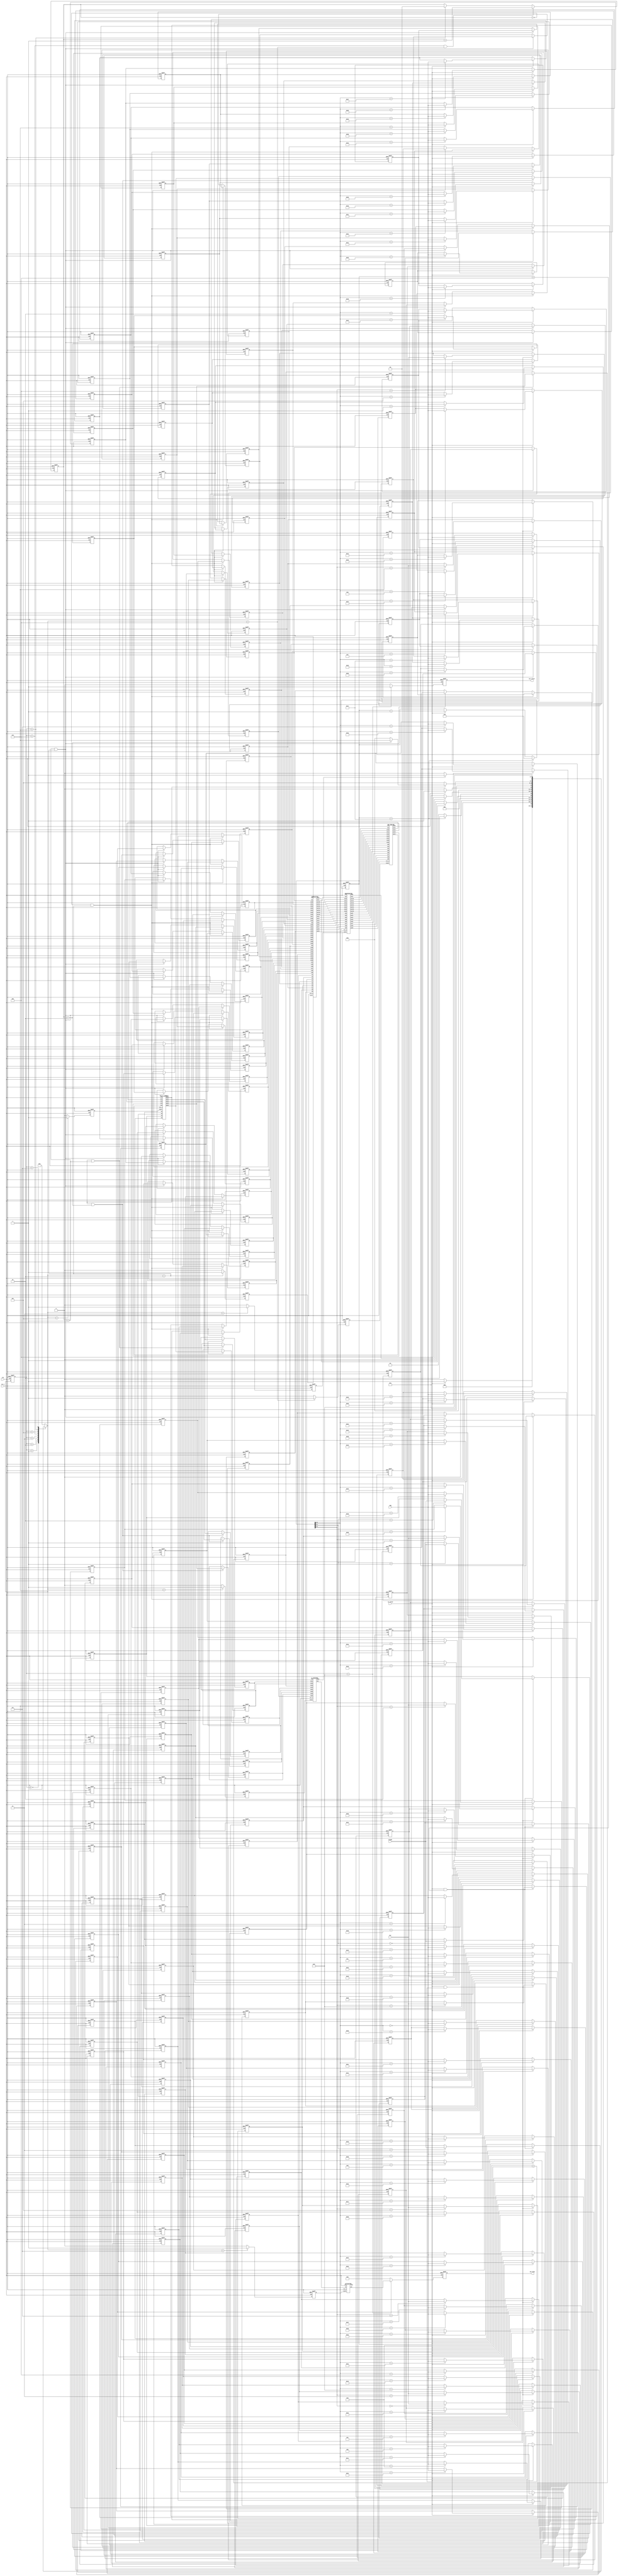
module SNN(
	// Input signals
	clk,
	rst_n,
	in_valid,
	img,
	ker,
	weight,
	// Output signals
	out_valid,
	out_data
);

input clk;
input rst_n;
input in_valid;
input [7:0] img;
input [7:0] ker;
input [7:0] weight;

output reg out_valid;
output reg [9:0] out_data;

//==============================================//
//       parameter & integer declaration        //
//==============================================//
parameter IDLE = 4'b0000;
parameter IN_DATA = 4'b0001;
parameter CONV = 4'b0010;
parameter QUAN = 4'b0011;
parameter MAX_P = 4'b0100;
parameter F_C = 4'b0101;
parameter L1_D = 4'b0110;
parameter ACTIVE = 4'b0111;
parameter OUT = 4'b1000;

//parameter donw1 = 2295;
//parameter down2 = 510;
integer i;
//==============================================//
//           reg & wire declaration             //
//==============================================//
reg [3:0] current_state,next_state;
wire conv_done,quan_done,mp_done,fc_done,l1_done,ac_done;
reg conv_start,quan_start,mp_start,fc_start,l1_start,ac_start;
reg [7:0] in_cnt;
reg [1:0] matrix_cnt;
reg [7:0] m_in[0:71];//0~35 is matrix 1 //36~71 is matrix 2
reg [7:0] kernel [0:8];
reg [7:0] w[0:3];
reg [7:0] nn1,nn2,nn3,nn4,nn5,nn6,nn7,nn8;//put fully connected output here
///CONV in
reg [7:0] c1,c2,c3,c4,c5,c6,c7,c8,c9,c10,c11,c12,c13,c14,c15,c16,c17,c18,c19,c20,c21,c22,c23,c24,c25,c26,c27,c28,c29,c30,c31,c32,c33,c34,c35,c36;
///CONV out quan in
wire [19:0] q1,q2,q3,q4,q5,q6,q7,q8,q9,q10,q11,q12,q13,q14,q15,q16;
//QUAN out max_pooling in
wire [7:0] mp1,mp2,mp3,mp4,mp5,mp6,mp7,mp8,mp9,mp10,mp11,mp12,mp13,mp14,mp15,mp16;
//// max_pooling out fully connected in
wire [7:0] fc1,fc2,fc3,fc4;
///fully connected out NN OUT
wire [7:0] snn1,snn2,snn3,snn4;
wire [9:0] fo,l1o;
reg sleep_in,sleep_conv,sleep_quan,sleep_mp,sleep_fc,sleep_l1,sleep_ac,sleep_out;
//wire g_clock_in,g_clock_conv,g_clock_quan,g_clock_mp,g_clock_fc,g_clock_l1,g_clock_ac,g_clock_out;
//==============================================//
//                 GATED_OR                     //
//==============================================//
/*
GATED_OR GATED_IN(.CLOCK(clk),.SLEEP_CTRL(sleep_in),.RST_N(rst_n),.CLOCK_GATED(g_clock_in));
GATED_OR GATED_CONV(.CLOCK(clk),.SLEEP_CTRL(sleep_conv),.RST_N(rst_n),.CLOCK_GATED(g_clock_conv));
GATED_OR GATED_QUAN(.CLOCK(clk),.SLEEP_CTRL(sleep_quan),.RST_N(rst_n),.CLOCK_GATED(g_clock_quan));
GATED_OR GATED_MP(.CLOCK(clk),.SLEEP_CTRL(sleep_mp),.RST_N(rst_n),.CLOCK_GATED(g_clock_mp));
GATED_OR GATED_FC(.CLOCK(clk),.SLEEP_CTRL(sleep_fc),.RST_N(rst_n),.CLOCK_GATED(g_clock_fc));
GATED_OR GATED_L1(.CLOCK(clk),.SLEEP_CTRL(sleep_l1),.RST_N(rst_n),.CLOCK_GATED(g_clock_l1));
GATED_OR GATED_AC(.CLOCK(clk),.SLEEP_CTRL(sleep_ac),.RST_N(rst_n),.CLOCK_GATED(g_clock_ac));
GATED_OR GATED_OUT(.CLOCK(clk),.SLEEP_CTRL(sleep_out),.RST_N(rst_n),.CLOCK_GATED(g_clock_out));

always @(*) begin
	if(!cg_en) sleep_in = 0;
	else begin
		if((current_state!=IN_DATA)&&(next_state!=IDLE)) sleep_in = 1;
		else sleep_in = 0;
	end
end
always @(*) begin
	if(!cg_en) sleep_conv = 0;
	else begin
		if(next_state!=CONV&&(current_state!=CONV)) sleep_conv = 1;
		else sleep_conv = 0;
	end
end
always @(*) begin
	if(!cg_en) sleep_quan = 0;
	else begin
		if(next_state!=QUAN&&(current_state!=QUAN)) sleep_quan = 1;
		else sleep_quan = 0;
	end
end
always @(*) begin
	if(!cg_en) sleep_mp = 0;
	else begin
		if(next_state!=MAX_P&&(current_state!=MAX_P)) sleep_mp = 1;
		else sleep_mp = 0;
	end
end
always @(*) begin
	if(!cg_en) sleep_fc = 0;
	else begin
		if(next_state!=F_C) sleep_fc = 1;
		else sleep_fc = 0;
	end
end
always @(*) begin
	if(!cg_en) sleep_l1 = 0;
	else begin
		if(next_state!=L1_D) sleep_l1 = 1;
		else sleep_l1 = 0;
	end
end
always @(*) begin
	if(!cg_en) sleep_ac = 0;
	else begin
		if(next_state!=ACTIVE&&(current_state!=ACTIVE)) sleep_ac = 1;
		else sleep_ac = 0;
	end
end
always @(*) begin
	if(!cg_en) sleep_out = 0;
	else begin
		if(current_state!=OUT&&current_state!=IDLE) sleep_out = 1;
		else sleep_out = 0;
	end
end*/
//==============================================//
//                  design                      //
//==============================================//
////////////  counter//////////////////////
//conv
always @(posedge clk or negedge rst_n) begin
	if(!rst_n) conv_start<=0;
	else if(next_state==CONV) conv_start<=1;
	else  conv_start<=0;
end
//quan
always @(posedge clk or negedge rst_n) begin
	if(!rst_n) quan_start<=0;
	else if(next_state==QUAN) quan_start<=1;
	else quan_start<=0;
end
//max_pooling
always @(posedge clk or negedge rst_n) begin
	if(!rst_n) mp_start<=0;
	else if(next_state==MAX_P) mp_start<=1;
	else mp_start<=0;
end
//fully connected
always @(posedge clk or negedge rst_n) begin
	if(!rst_n) fc_start<=0;
	else if(next_state==F_C) fc_start<=1;
	else fc_start<=0;
end
//L1 DISTANCE
always @(posedge clk or negedge rst_n) begin
	if(!rst_n) l1_start<=0;
	else if(next_state==L1_D) l1_start<=1;
	else l1_start<=0;
end
//ACTIVATION
always @(posedge clk or negedge rst_n) begin
	if(!rst_n) ac_start<=0;
	else if(next_state==ACTIVE) ac_start<=1;
	else ac_start<=0;
end

always @(posedge clk or negedge rst_n) begin
	if(!rst_n) matrix_cnt<=0;
	else if(current_state==MAX_P&&(next_state==MAX_P)) matrix_cnt<=matrix_cnt+1;
	else if(current_state==L1_D) matrix_cnt<=0;
end
//////////////   INPUT   /////////////////////////
always @(posedge clk or negedge rst_n) begin
	if(!rst_n) in_cnt<=0;
	else if(in_cnt==71) in_cnt<=0;
	else if(in_valid) in_cnt<=in_cnt+1;
	//else in_cnt<=0;
end
always @(posedge clk or negedge rst_n) begin
	if(!rst_n) begin
		for(i=0;i<72;i=i+1) begin
			m_in[i]<=0;
		end
	end
	else if(in_valid) m_in[in_cnt]<=img;
end
always @(posedge clk or negedge rst_n) begin
	if(!rst_n)begin
		for(i=0;i<9;i=i+1) kernel[i]<=0;
	end
	else if(in_valid&&(in_cnt<9)) kernel[in_cnt]<=ker;
end
always @(posedge clk or negedge rst_n) begin
	if(!rst_n) begin
		for(i=0;i<4;i=i+1) w[i]<=0;
	end
	else if(in_valid&&(in_cnt<4)) w[in_cnt]<=weight;
end
//==============================================//
//                   FSM                        //
//==============================================//
always @(posedge clk or negedge rst_n) begin
	if(!rst_n) current_state<=0;
	else current_state<=next_state;
end

always @(*) begin
	case(current_state)
	IDLE:begin//0
		if(in_valid) next_state = IN_DATA;
		else next_state = IDLE;
	end
	IN_DATA:begin//1
		if(in_cnt==71) next_state = CONV;
		else next_state = IN_DATA;
	end
	CONV:begin//2
		if(conv_done) next_state = QUAN;
		else next_state = CONV;
	end
	QUAN:begin//3
		if(quan_done) next_state = MAX_P;
		else next_state = QUAN;
	end
	MAX_P:begin//4
		if(mp_done) next_state = F_C;
		else next_state = MAX_P;
	end
	F_C:begin//5
		if(fc_done)begin
			if(matrix_cnt==2) next_state = L1_D;
			else next_state = CONV;
		end
		else next_state = F_C;
	end
	L1_D:begin//6
		if(l1_done) next_state = ACTIVE;
		else next_state = L1_D;
	end
	ACTIVE:begin//7
		next_state = OUT;
	end
	OUT:begin//8
		next_state = IDLE;
	end
	default:next_state = IDLE;
	endcase
end
//==============================================//
//                    CONV INPUT                //
//==============================================//
always @(posedge clk or negedge rst_n) begin
	if(!rst_n)begin
		c1<=0;
		c2<=0;
		c3<=0;
		c4<=0;
		c5<=0;
		c6<=0;
		c7<=0;
		c8<=0;
		c9<=0;
		c10<=0;
		c11<=0;
		c12<=0;
		c13<=0;
		c14<=0;
		c15<=0;
		c16<=0;
		c17<=0;
		c18<=0;
		c19<=0;
		c20<=0;
		c21<=0;
		c22<=0;
		c23<=0;
		c24<=0;
		c25<=0;
		c26<=0;
		c27<=0;
		c28<=0;
		c29<=0;
		c30<=0;
		c31<=0;
		c32<=0;
		c33<=0;
		c34<=0;
		c35<=0;
		c36<=0;
	end

	else  if(matrix_cnt==0&&next_state==CONV)begin
		c1 <= m_in[0];
		c2 <= m_in[1];
		c3 <= m_in[2];
		c4 <= m_in[3];
		c5 <= m_in[4];
		c6 <= m_in[5];
		c7 <= m_in[6];
		c8 <= m_in[7];
		c9 <= m_in[8];
		c10 <= m_in[9];
		c11 <= m_in[10];
		c12 <= m_in[11];
		c13 <= m_in[12];
		c14 <= m_in[13];
		c15 <= m_in[14];
		c16 <= m_in[15];
		c17 <= m_in[16];
		c18 <= m_in[17];
		c19 <= m_in[18];
		c20 <= m_in[19];
		c21 <= m_in[20];
		c22 <= m_in[21];
		c23 <= m_in[22];
		c24 <= m_in[23];
		c25 <= m_in[24];
		c26 <= m_in[25];
		c27 <= m_in[26];
		c28 <= m_in[27];
		c29 <= m_in[28];
		c30 <= m_in[29];
		c31 <= m_in[30];
		c32 <= m_in[31];
		c33 <= m_in[32];
		c34 <= m_in[33];
		c35 <= m_in[34];
		c36 <= m_in[35];
	end
	else if(matrix_cnt==1&&next_state==CONV) begin
		c1 <= m_in[36];
		c2 <= m_in[37];
		c3 <= m_in[38];
		c4 <= m_in[39];
		c5 <= m_in[40];
		c6 <= m_in[41];
		c7 <= m_in[42];
		c8 <= m_in[43];
		c9 <= m_in[44];
		c10 <= m_in[45];
		c11 <= m_in[46];
		c12 <= m_in[47];
		c13 <= m_in[48];
		c14 <= m_in[49];
		c15 <= m_in[50];
		c16 <= m_in[51];
		c17 <= m_in[52];
		c18 <= m_in[53];
		c19 <= m_in[54];
		c20 <= m_in[55];
		c21 <= m_in[56];
		c22 <= m_in[57];
		c23 <= m_in[58];
		c24 <= m_in[59];
		c25 <= m_in[60];
		c26 <= m_in[61];
		c27 <= m_in[62];
		c28 <= m_in[63];
		c29 <= m_in[64];
		c30 <= m_in[65];
		c31 <= m_in[66];
		c32 <= m_in[67];
		c33 <= m_in[68];
		c34 <= m_in[69];
		c35 <= m_in[70];
		c36 <= m_in[71];
	end
end
/////////////////
// assign snn to nn
/////////////////
/*always @(posedge clk or negedge rst_n) begin
	if(rst_n)begin
		nn1<=0;
		nn2<=0;
		nn3<=0;
		nn4<=0;
		nn5<=0;
		nn6<=0;
		nn7<=0;
		nn8<=0;
	end
	else if(fc_done&&(matrix_cnt==1))begin
		nn1<=snn1;
		nn2<=snn2;
		nn3<=snn3;
		nn4<=snn4;
	end
	else if(fc_done&&(matrix_cnt==2))begin
		nn5<=snn1;
		nn6<=snn2;
		nn7<=snn3;
		nn8<=snn4;
	end
end*/
always @(posedge clk or negedge rst_n) begin
	if(!rst_n) nn1<=0;
	else if(fc_done&&(matrix_cnt==1)) nn1<=snn1;
end
always @(posedge clk or negedge rst_n) begin
	if(!rst_n) nn2<=0;
	else if(fc_done&&(matrix_cnt==1)) nn2<=snn2;
end
always @(posedge clk or negedge rst_n) begin
	if(!rst_n) nn3<=0;
	else if(fc_done&&(matrix_cnt==1)) nn3<=snn3;
end
always @(posedge clk or negedge rst_n) begin
	if(!rst_n) nn4<=0;
	else if(fc_done&&(matrix_cnt==1)) nn4<=snn4;
end
always @(posedge clk or negedge rst_n) begin
	if(!rst_n) nn5<=0;
	else if(fc_done&&(matrix_cnt==2))nn5<=snn1;
end
always @(posedge clk or negedge rst_n) begin
	if(!rst_n) nn6<=0;
	else if(fc_done&&(matrix_cnt==2)) nn6<=snn2;
end
always @(posedge clk or negedge rst_n) begin
	if(!rst_n) nn7<=0;
	else if(fc_done&&(matrix_cnt==2))nn7<=snn3;
end
always @(posedge clk or negedge rst_n) begin
	if(!rst_n) nn8<=0;
	else if(fc_done&&(matrix_cnt==2)) nn8<=snn4;
end

//==============================================//
//                  CALL MODULE                 //
//==============================================//
CONVOLUTION C1(.clk(clk),.rst_n(rst_n),.start(conv_start),.in1(c1),.in2(c2),.in3(c3),.in4(c4),.in5(c5),.in6(c6),.in7(c7),.in8(c8),.in9(c9),.in10(c10),.in11(c11),
.in12(c12),.in13(c13),.in14(c14),.in15(c15),.in16(c16),.in17(c17),.in18(c18),.in19(c19),.in20(c20),.in21(c21),.in22(c22),.in23(c23),.in24(c24),.in25(c25),.in26(c26),.in27(c27),
.in28(c28),.in29(c29),.in30(c30),.in31(c31),.in32(c32),.in33(c33),.in34(c34),.in35(c35),.in36(c36),
.k1(kernel[0]),.k2(kernel[1]),.k3(kernel[2]),.k4(kernel[3]),.k5(kernel[4]),.k6(kernel[5]),.k7(kernel[6]),.k8(kernel[7]),.k9(kernel[8]),
.out1(q1),.out2(q2),.out3(q3),.out4(q4),.out5(q5),.out6(q6),.out7(q7),.out8(q8),.out9(q9),.out10(q10),.out11(q11),.out12(q12),.out13(q13),.out14(q14),.out15(q15),.out16(q16),
.done(conv_done));

QUANTIZATION Q1(.clk(clk),.rst_n(rst_n),.start(quan_start),.in1(q1),.in2(q2),.in3(q3),.in4(q4),.in5(q5),.in6(q6),.in7(q7),.in8(q8),.in9(q9),.in10(q10),.in11(q11),.in12(q12),.in13(q13),.in14(q14),.in15(q15),.in16(q16),
.out1(mp1),.out2(mp2),.out3(mp3),.out4(mp4),.out5(mp5),.out6(mp6),.out7(mp7),.out8(mp8),.out9(mp9),.out10(mp10),.out11(mp11),.out12(mp12),.out13(mp13),.out14(mp14),.out15(mp15),.out16(mp16),.done(quan_done));

MAX_POOLING MP1(.clk(clk),.rst_n(rst_n),.start(mp_start),.in1(mp1),.in2(mp2),.in3(mp3),.in4(mp4),.in5(mp5),.in6(mp6),.in7(mp7),.in8(mp8),.in9(mp9),.in10(mp10),.in11(mp11),.in12(mp12),.in13(mp13),.in14(mp14),.in15(mp15),.in16(mp16),
.out1(fc1),.out2(fc2),.out3(fc3),.out4(fc4),.done(mp_done));
////pluse matrix_cnt 
FULLLY_CONNECT FC1(.clk(clk),.rst_n(rst_n),.start(fc_start),.in1(fc1),.in2(fc2),.in3(fc3),.in4(fc4),.w1(w[0]),.w2(w[1]),.w3(w[2]),.w4(w[3]),.out1(snn1),.out2(snn2),.out3(snn3),.out4(snn4),.done(fc_done));
////////////   CAL TWO DIFFERENT MATRXI
L1_DISTANCE LD1(.clk(clk),.rst_n(rst_n),.start(l1_start),.in11(nn1),.in12(nn2),.in13(nn3),.in14(nn4),.in21(nn5),.in22(nn6),.in23(nn7),.in24(nn8),.out(l1o),.done(l1_done));
ACTIVATION AC1(.clk(clk),.rst_n(rst_n),.start(ac_start),.in(l1o),.out(fo),.done(ac_done));

//==============================================//
//                  OUTPUT                      //
//==============================================//
always @(posedge clk or negedge rst_n) begin
	if(!rst_n) out_data<=0;
	else if(current_state==OUT) out_data<=fo;
	else out_data<=0;
end
always @(posedge clk or negedge rst_n) begin
	if(!rst_n) out_valid<=0;
	else if(current_state==OUT) out_valid<=1;
	else out_valid<=0;
end
endmodule
//==============================================//
//      CONVOLUTION SUB_MODULE                  //
//==============================================//
module CONVOLUTION (clk,rst_n,start,
in1,in2,in3,in4,in5,in6,in7,in8,in9,in10,in11,in12,in13,in14,in15,in16,in17,in18,in19,in20,in21,in22,in23,in24,in25,in26,in27,in28,in29,in30,in31,in32,in33,in34,in35,in36,
k1,k2,k3,k4,k5,k6,k7,k8,k9,
out1,out2,out3,out4,out5,out6,out7,out8,out9,out10,out11,out12,out13,out14,out15,out16,
done
);	
input clk,rst_n,start;
input [7:0] in1,in2,in3,in4,in5,in6,in7,in8,in9,in10,in11,in12,in13,in14,in15,in16,in17,in18,in19,in20,in21,in22,in23,in24,in25,in26,in27,in28,in29,in30,in31,in32,in33,in34,in35,in36;
input [7:0] k1,k2,k3,k4,k5,k6,k7,k8,k9;
output reg done;
output reg [19:0] out1,out2,out3,out4,out5,out6,out7,out8,out9,out10,out11,out12,out13,out14,out15,out16;
//==============================================//
//           reg & wire declaration             //
//==============================================//
reg [7:0] now_cal1,now_cal2,now_cal3,now_cal4,now_cal5,now_cal6,now_cal7,now_cal8,now_cal9;
//wire [19:0] now_out1,now_out2,now_out3,now_out4,now_out5,now_out6,now_out7,now_out8,now_out9,now_out10,now_out11,now_out12,now_out13,now_out14,now_out15,now_out16;
wire [19:0] out;
reg [5:0] conv_cnt;
//==============================================//
//                  design                      //
//==============================================//
always @(posedge clk or negedge rst_n) begin
	if(!rst_n) conv_cnt<=0;
	else if(conv_cnt==17) conv_cnt<=0;
	else if(start) conv_cnt<=conv_cnt+1;
	//else if(conv_cnt==17) conv_cnt<=0;
end
always @(posedge clk or negedge rst_n) begin
	if(!rst_n) done<=0;
	else if(conv_cnt>15) done<=1;
	else done<=0;
end
always @(*) begin
	case(conv_cnt)
	0:begin
		now_cal1 = in1;
		now_cal2 = in2;
		now_cal3 = in3;
		now_cal4 = in7;
		now_cal5 = in8;
		now_cal6 = in9;
		now_cal7 =in13;
		now_cal8 =in14;
		now_cal9 =in15;
	end
	1:begin
		now_cal1 = in2;
		now_cal2 = in3;
		now_cal3 = in4;
		now_cal4 = in8;
		now_cal5 = in9;
		now_cal6 = in10;
		now_cal7 = in14;
		now_cal8 = in15;
		now_cal9 = in16;
	end
	2:begin
		now_cal1 = in3;
		now_cal2 = in4;
		now_cal3 = in5;
		now_cal4 = in9;
		now_cal5 =in10;
		now_cal6 =in11;
		now_cal7 =in15;
		now_cal8 =in16;
		now_cal9 =in17;
	end
	3:begin
		now_cal1 = in4;
		now_cal2 =in5;
		now_cal3 =in6;
		now_cal4 =in10;
		now_cal5 =in11;
		now_cal6 =in12;
		now_cal7 =in16;
		now_cal8 =in17;
		now_cal9 =in18;
	end
	4:begin
		now_cal1 = in7;
		now_cal2 =in8;
		now_cal3 =in9;
		now_cal4 =in13;
		now_cal5 =in14;
		now_cal6 =in15;
		now_cal7 =in19;
		now_cal8 =in20;
		now_cal9 =in21;
	end
	5:begin
		now_cal1 = in8;
		now_cal2 =in9;
		now_cal3 =in10;
		now_cal4 =in14;
		now_cal5 =in15;
		now_cal6 =in16;
		now_cal7 =in20;
		now_cal8 =in21;
		now_cal9 =in22;
	end
	6:begin
		now_cal1 = in9;
		now_cal2 =in10;
		now_cal3 =in11;
		now_cal4 =in15;
		now_cal5 =in16;
		now_cal6 =in17;
		now_cal7 =in21;
		now_cal8 =in22;
		now_cal9 =in23;
	end
	7:begin
		now_cal1 = in10;
		now_cal2 =in11;
		now_cal3 =in12;
		now_cal4 =in16;
		now_cal5 =in17;
		now_cal6 =in18;
		now_cal7 =in22;
		now_cal8 =in23;
		now_cal9 =in24;
	end
	8:begin
		now_cal1 = in13;
		now_cal2 =in14;
		now_cal3 =in15;
		now_cal4 =in19;
		now_cal5 =in20;
		now_cal6 =in21;
		now_cal7 =in25;
		now_cal8 =in26;
		now_cal9 =in27;
	end
	9:begin
		now_cal1 = in14;
		now_cal2 =in15;
		now_cal3 =in16;
		now_cal4 =in20;
		now_cal5 =in21;
		now_cal6 =in22;
		now_cal7 =in26;
		now_cal8 =in27;
		now_cal9 =in28;
	end
	10:begin
		now_cal1 = in15;
		now_cal2 =in16;
		now_cal3 =in17;
		now_cal4 =in21;
		now_cal5 =in22;
		now_cal6 =in23;
		now_cal7 =in27;
		now_cal8 =in28;
		now_cal9 =in29;
	end
	11:begin
		now_cal1 = in16;
		now_cal2 =in17;
		now_cal3 =in18;
		now_cal4 =in22;
		now_cal5 =in23;
		now_cal6 =in24;
		now_cal7 =in28;
		now_cal8 =in29;
		now_cal9 =in30;
	end
	12:begin
		now_cal1 = in19;
		now_cal2 =in20;
		now_cal3 =in21;
		now_cal4 =in25;
		now_cal5 =in26;
		now_cal6 =in27;
		now_cal7 =in31;
		now_cal8 =in32;
		now_cal9 =in33;
	end
	13:begin
		now_cal1 = in20;
		now_cal2 =in21;
		now_cal3 =in22;
		now_cal4 =in26;
		now_cal5 =in27;
		now_cal6 =in28;
		now_cal7 =in32;
		now_cal8 =in33;
		now_cal9 =in34;
	end
	14:begin
		now_cal1 = in21;
		now_cal2 =in22;
		now_cal3 =in23;
		now_cal4 =in27;
		now_cal5 =in28;
		now_cal6 =in29;
		now_cal7 =in33;
		now_cal8 =in34;
		now_cal9 =in35;
	end
	15:begin
		now_cal1 = in22;
		now_cal2 =in23;
		now_cal3 =in24;
		now_cal4 =in28;
		now_cal5 =in29;
		now_cal6 =in30;
		now_cal7 =in34;
		now_cal8 =in35;
		now_cal9 =in36;
	end
	default:begin
		now_cal1 = 0;
		now_cal2 =0;
		now_cal3 =0;
		now_cal4 =0;
		now_cal5 =0;
		now_cal6 =0;
		now_cal7 =0;
		now_cal8 =0;
		now_cal9 =0;
	end
	endcase
end
//==============================================//
//           CALL SUB_MODULE                    //
//==============================================//
CONV_CELL CC1(.in1(now_cal1),.in2(now_cal2),.in3(now_cal3),.in4(now_cal4),.in5(now_cal5),.in6(now_cal6),.in7(now_cal7),.in8(now_cal8),.in9(now_cal9),
.k1(k1),.k2(k2),.k3(k3),.k4(k4),.k5(k5),.k6(k6),.k7(k7),.k8(k8),.k9(k9),.out(out));
//==============================================//
//           RECEIVE OUTPUT                     //
//==============================================//
always @(posedge clk or negedge rst_n) begin
	if(!rst_n)begin
		out1<=0;
		out2<=0;
		out3<=0;
		out4<=0;
		out5<=0;
		out6<=0;
		out7<=0;
		out8<=0;
		out9<=0;
		out10<=0;
		out11<=0;
		out12<=0;
		out13<=0;
		out14<=0;
		out15<=0;
		out16<=0;
	end
	else begin
		case(conv_cnt)
		0:out1<=out;
		1:out2<=out;
		2:out3<=out;
		3:out4<=out;
		4:out5<=out;
		5:out6<=out;
		6:out7<=out;
		7:out8<=out;
		8:out9<=out;
		9:out10<=out;
		10:out11<=out;
		11:out12<=out;
		12:out13<=out;
		13:out14<=out;
		14:out15<=out;
		15:out16<=out;
		endcase
	end
end
endmodule

module CONV_CELL (
	in1,in2,in3,in4,in5,in6,in7,in8,in9,
	k1,k2,k3,k4,k5,k6,k7,k8,k9,
	out
);
input [7:0] in1,in2,in3,in4,in5,in6,in7,in8,in9;
input [7:0] k1,k2,k3,k4,k5,k6,k7,k8,k9;
output reg [19:0] out;
always @(*) begin
	out =in1*k1+in2*k2+in3*k3+in4*k4+in5*k5+in6*k6+in7*k7+in8*k8+in9*k9;	
end
endmodule
//==============================================//
//      QUANTIZATION SUB_MODULE                 //
//==============================================//
module QUANTIZATION (
	clk,rst_n,start,
	in1,in2,in3,in4,in5,in6,in7,in8,in9,in10,in11,in12,in13,in14,in15,in16,
    out1,out2,out3,out4,out5,out6,out7,out8,out9,out10,out11,out12,out13,out14,out15,out16,
	done
);
	input clk,rst_n,start;
	input [19:0] in1,in2,in3,in4,in5,in6,in7,in8,in9,in10,in11,in12,in13,in14,in15,in16;
	output reg [7:0]  out1,out2,out3,out4,out5,out6,out7,out8,out9,out10,out11,out12,out13,out14,out15,out16;
	output reg done;
//==============================================//
//           reg & wire declaration             //
//==============================================//
reg [4:0] qua_cnt;
parameter down = 2295;
//==============================================//
//           DESIGN                             //
//==============================================//
always @(posedge clk or negedge rst_n) begin
	if(!rst_n) qua_cnt<=0;
	else if(qua_cnt==17) qua_cnt<=0;
	else if(start) qua_cnt<=qua_cnt+1;
	//else if(qua_cnt==17) qua_cnt<=0;
end
always @(posedge clk or negedge rst_n) begin
	if(!rst_n)done<=0;
	else if(qua_cnt>15) done<=1;
	else done<=0;
end
always @(posedge clk or negedge rst_n) begin
	if(!rst_n)begin
		out1<=0;
		out2<=0;
		out3<=0;
		out4<=0;
		out5<=0;
		out6<=0;
		out7<=0;
		out8<=0;
		out9<=0;
		out10<=0;
		out11<=0;
		out12<=0;
		out13<=0;
		out14<=0;
		out15<=0;
		out16<=0;
	end
	else begin
		case(qua_cnt)
		0:out1<=in1/down;
		1:out2<=in2/down;
		2:out3<=in3/down;
		3:out4<=in4/down;
		4:out5<=in5/down;
		5:out6<=in6/down;
		6:out7<=in7/down;
		7:out8<=in8/down;
		8:out9<=in9/down;
		9:out10<=in10/down;
		10:out11<=in11/down;
		11:out12<=in12/down;
		12:out13<=in13/down;
		13:out14<=in14/down;
		14:out15<=in15/down;
		15:out16<=in16/down;
		endcase
	end
end
endmodule
//==============================================//
//      MAX_POOLING SUB_MODULE                  //
//==============================================//
module MAX_POOLING (
	clk,rst_n,start,
	in1,in2,in3,in4,in5,in6,in7,in8,in9,in10,in11,in12,in13,in14,in15,in16,
	out1,out2,out3,out4,
	done
);
	input clk,rst_n,start;
	input [7:0]in1,in2,in3,in4,in5,in6,in7,in8,in9,in10,in11,in12,in13,in14,in15,in16;
	output reg [7:0] out1,out2,out3,out4;
	output reg done;
	wire [7:0] b1,b2,b3,b4;

	FBB f1(.in1(in1),.in2(in2),.in3(in5),.in4(in6),.out(b1));
	FBB f2(.in1(in3),.in2(in4),.in3(in7),.in4(in8),.out(b2));
	FBB f3(.in1(in9),.in2(in10),.in3(in13),.in4(in14),.out(b3));
	FBB f4(.in1(in11),.in2(in12),.in3(in15),.in4(in16),.out(b4));

	always @(*) begin
		out1 = b1;
		out2 = b2;
		out3 = b3;
		out4 = b4;
	end
	always @(posedge clk or negedge rst_n) begin
		if(!rst_n) done<=0;
		else if(start) done<=1;
		else done<=0;
	end

endmodule
module FBB (
	in1,in2,in3,in4,
	out
);
input [7:0] in1,in2,in3,in4;
output reg [7:0] out;
	always @(*) begin
		if((in1>=in2)&&(in1>=in3)&&(in1>=in4)) out = in1;
		else if((in2>in1)&&(in2>=in3)&&(in2>=in4)) out = in2;
		else if((in3>in1)&&(in3>in2)&&(in3>=in4)) out = in3;
		else out = in4;
	end
endmodule
//==============================================//
//        FULLLY CONNECTION SUB_MODULE          //
//==============================================//
module FULLLY_CONNECT (
	clk,rst_n,start,
	in1,in2,in3,in4,
	w1,w2,w3,w4,
	out1,out2,out3,out4,
	done
);
	input clk,rst_n,start;
	input [7:0] in1,in2,in3,in4;
	input [7:0] w1,w2,w3,w4;
	output reg [7:0] out1,out2,out3,out4;
	output reg done;

	reg [2:0] fc_cnt;
	reg [19:0] o1,o2,o3,o4;
	parameter down = 510;
	always @(posedge clk or negedge rst_n) begin
		if(!rst_n) fc_cnt<=0;
		else if(fc_cnt==4)fc_cnt<=0;
		else if(start&&(!done)) fc_cnt<=fc_cnt+1;
		//else fc_cnt<=0;
	end
	always @(posedge clk or negedge rst_n) begin
		if(!rst_n) done<=0;
		else if(fc_cnt==4) done<=1;
		else done<=0;
	end
	always @(posedge clk or negedge rst_n) begin
		if(!rst_n)begin
			o1<=0;
			o2<=0;
			o3<=0;
			o4<=0;
		end
		else begin
			case(fc_cnt)
			0: o1<=in1*w1+in2*w3;
			1: o2<=in1*w2+in2*w4;
			2: o3<=in3*w1+in4*w3;
			3: o4<=in3*w2+in4*w4;
			endcase
		end
	end
	always @(posedge clk or negedge rst_n) begin
		if(!rst_n)begin
			out1<=0;
			out2<=0;
			out3<=0;
			out4<=0;
		end
		else begin
			case(fc_cnt)
			1:out1<=o1/down;
			2:out2<=o2/down;
			3:out3<=o3/down;
			4:out4<=o4/down;
			endcase
		end
	end
endmodule
//==============================================//
//           L1_DISTANCE SUB_MODULE             //
//==============================================//
module L1_DISTANCE (
	clk,rst_n,start,
	in11,in12,in13,in14,
	in21,in22,in23,in24,
	out,
	done
);	
	input clk,rst_n,start;
	input [7:0] in11,in12,in13,in14;
	input [7:0] in21,in22,in23,in24;
	output reg [9:0] out;
	output reg done;

	wire [7:0] big1,big2,big3,big4;
	wire [7:0] small1,small2,small3,small4;
	reg [2:0] l1_cnt;
	reg [7:0] o1,o2,o3,o4;

	always @(posedge clk or negedge rst_n) begin
		if(!rst_n) l1_cnt<=0;
		else if(start) l1_cnt<=l1_cnt+1;
		else l1_cnt<=0;
	end

	always @(posedge clk or negedge rst_n) begin
		if(!rst_n) done<=0;
		else if(l1_cnt==4) done<=1;
		else done<=0;
	end
		assign big1 = (in11>in21)?in11:in21;
		assign big2 = (in12>in22)?in12:in22;
		assign big3 = (in13>in23)?in13:in23;
		assign big4 = (in14>in24)?in14:in24;

		assign small1 = (in11<in21)?in11:in21;
		assign small2 = (in12<in22)?in12:in22;
		assign small3 = (in13<in23)?in13:in23;
		assign small4 = (in14<in24)?in14:in24;
	
	always @(posedge clk or negedge rst_n) begin
		if(!rst_n)begin
			o1<=0;
			o2<=0;
			o3<=0;
			o4<=0;
		end
		else begin
			case(l1_cnt)
			0:o1<=big1-small1;
			1:o2<=big2-small2;
			2:o3<=big3-small3;
			3:o4<=big4-small4;
			endcase
		end
	end
	always @(posedge clk or negedge rst_n) begin
		if(!rst_n) out<=0;
		else begin
			case(l1_cnt)
			4:out<=o1+o2+o3+o4;
			endcase
		end
	end
endmodule

module ACTIVATION (
	clk,rst_n,start,
	in,
	out,
	done
);
	input clk,rst_n,start;
	input [9:0] in;
	output reg [9:0] out;
	output reg done;

	always @(posedge clk or negedge rst_n) begin
		if(!rst_n) done<=0;
		else if(start) done<=1;
		else done<=0;
	end

	always @(posedge clk or negedge rst_n) begin
		if(!rst_n) out<=0;
		else if(start) out<=(in>=16)?in:0;
	end

endmodule